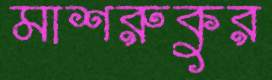
মাশরুকুর